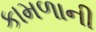
કામળાની